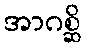
အာဂစ္ဆိ